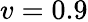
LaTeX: v=0.9